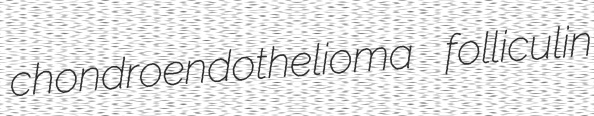
chondroendothelioma folliculin